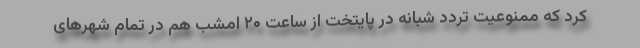
کرد که ممنوعیت تردد شبانه در پایتخت از ساعت ۲۰ امشب هم در تمام شهرهای